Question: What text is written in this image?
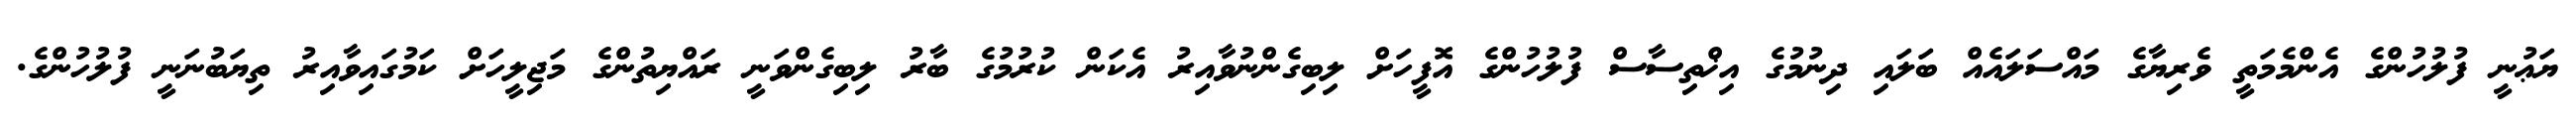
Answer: ޔަޢުނީ ފުލުހުންގެ އެންމެމަތީ ވެރިޔާގެ މައްސަލައެއް ބަލައި ދިނުމުގެ އިޚްތިސާސް ފުލުހުންގެ އޮފީހަށް ލިބިގެންނުވާއިރު އެކަން ކުރުމުގެ ބާރު ލިބިގެންވަނީ ރައްޔިތުންގެ މަޖިލީހަށް ކަމުގައިވާއިރު ތިޔަބުނަނީ ފުލުހުންގެ.